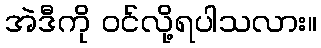
အဲဒီကို ဝင်လို့ရပါသလား။